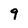
Character: 9